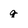
Character: g